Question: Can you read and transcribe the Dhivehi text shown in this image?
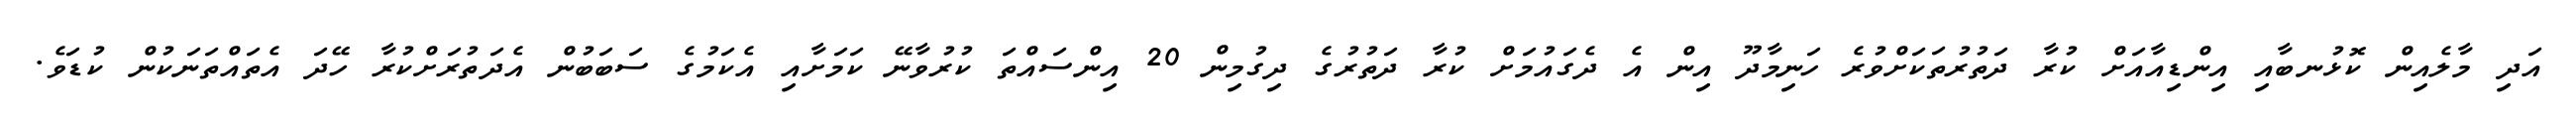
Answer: އަދި މާލެއިން ކޮޅުނބާއި އިންޑިއާއަށް ކުރާ ދަތުރުތަކަށްވުރެ ހަނިމާދޫ އިން އެ ދެގައުމަށް ކުރާ ދަތުރުގެ ދިގުމިން 20 އިންސައްތަ ކުރުވާނޭ ކަމަށާއި އެކަމުގެ ސަބަބުން އެދަތުރަށްކުރާ ހޭދަ އެތައްތަނަކުން ކުޑަވެ.